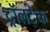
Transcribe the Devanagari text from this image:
ट्रॉलटेक